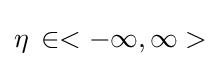
\eta \,\in <-\infty ,\infty >